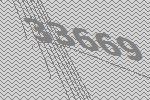
33669